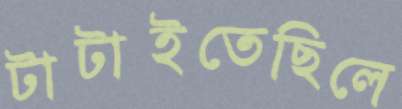
টাটাইতেছিলে